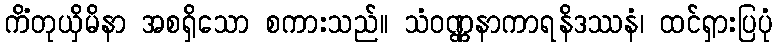
ကိံတုယှိမိနာ အစရှိသော စကားသည်။ သံဝဏ္ဏနာကာရနိဒဿနံ၊ ထင်ရှားပြပုံ